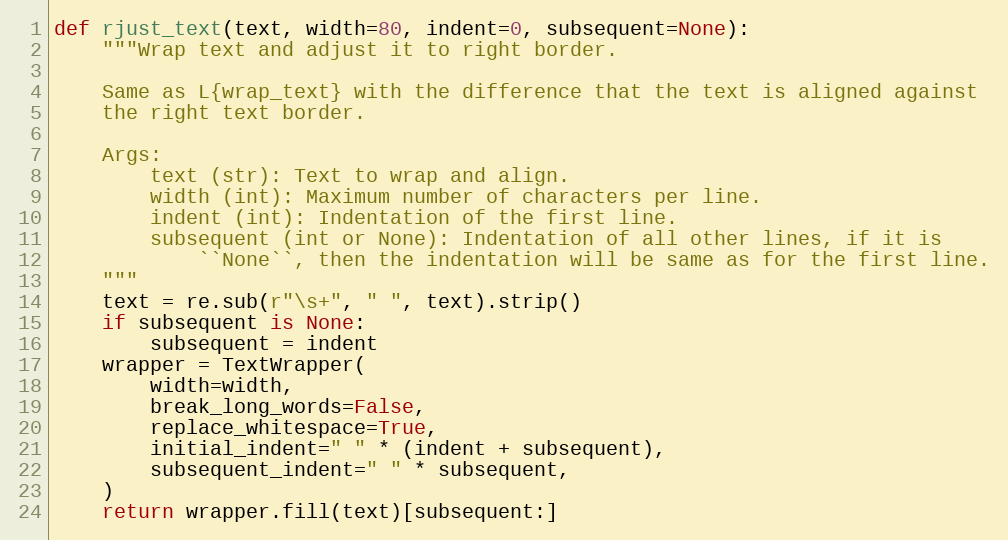
Language: Python
def rjust_text(text, width=80, indent=0, subsequent=None):
    """Wrap text and adjust it to right border.

    Same as L{wrap_text} with the difference that the text is aligned against
    the right text border.

    Args:
        text (str): Text to wrap and align.
        width (int): Maximum number of characters per line.
        indent (int): Indentation of the first line.
        subsequent (int or None): Indentation of all other lines, if it is
            ``None``, then the indentation will be same as for the first line.
    """
    text = re.sub(r"\s+", " ", text).strip()
    if subsequent is None:
        subsequent = indent
    wrapper = TextWrapper(
        width=width,
        break_long_words=False,
        replace_whitespace=True,
        initial_indent=" " * (indent + subsequent),
        subsequent_indent=" " * subsequent,
    )
    return wrapper.fill(text)[subsequent:]